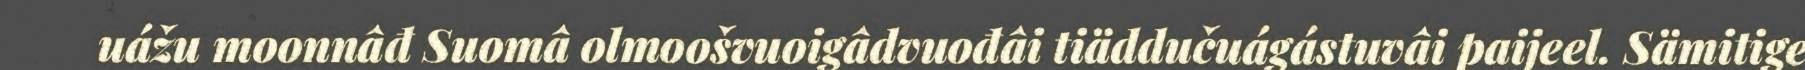
uážu moonnâđ Suomâ olmoošvuoigâdvuođâi tiäddučuágástuvâi paijeel. Sämitige